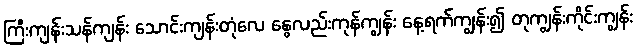
ကြီးကျန်းသန်ကျန်း သောင်းကျန်းတုံလေ နွေလည်းကုန်ကျွန်း နေ့ရက်ကျွန်း၍ တုကျွန်းကိုင်းကျွန်း